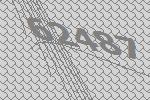
62487